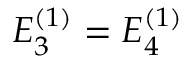
E _ { 3 } ^ { ( 1 ) } = E _ { 4 } ^ { ( 1 ) }